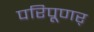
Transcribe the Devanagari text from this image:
परिपूणर्